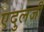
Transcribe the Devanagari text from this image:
एदुलजी